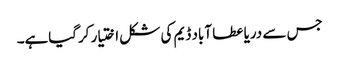
جس سے دریا عطا آباد ڈیم کی شکل اختیار کرگیاہے۔